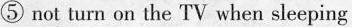
⑤ not turn on the TV when sleeping